Report on vaccination in the Province of Bengal - 1874-1889
Year: 1874
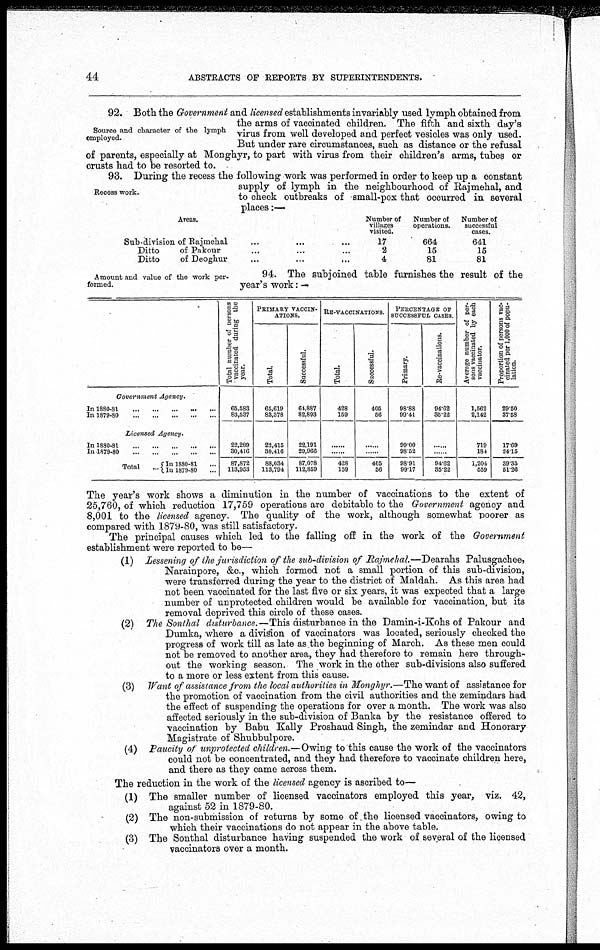
44
ABSTRACTS OF REPORTS BY SUPERINTENDENTS.
Source and character of the lymph
employed.
92. Both the Government and licensed establishments invariably used lymph obtained from
the arms of vaccinated children. The fifth and sixth day's
virus from well developed and perfect vesicles was only used.
But under rare circumstances, such as distance or the refusal
of parents, especially at Monghyr, to part with virus from their children's arms, tubes or
crusts had to be resorted to.
Recess work.
93. During the recess the following work was performed in order to keep up a constant
supply of lymph in the neighbourhood of Rajmehal, and
to check outbreaks of small-pox that occurred in several
places:—
Areas.
Sub-division of Rajmehal ... ... ...
Ditto
of Pakour ... ... ...
Ditto
of Deoghur ... ... ...
Number of
villages
visited.
17
2
4
Number of
operations.
664
15
81
Number of
successful
cases.
641
15
81
Amount and value of the work per-
formed.
94. The subjoined table furnishes the result of the
year's work: —
Government Agency.
In 1880-81 ... ... ... ... ...
In 1879-80
...
...
...
...
...
Licensed Agency.
In 1880-81
...
...
...
...
...
In 1879-80
...
...
...
...
...
Total...
In 1880-81 ...
In 1879-80 ...
Total number of persons
vaccinated during the
year.
65,583
83,537
22,289
30,416
87,872
113,953
PRIMARY VACCIN-
------.
Total.
65,619
83,378
22,415
30,416
88,034
113,794
Successful.
64,887
82,893
22,191
29,966
87,078
112,859
RE-VACCINATIONS.
Total.
428
159
......
......
428
159
Successful.
405
56
......
......
405
56
PERCENTAGE OF
SUCCESSFUL CASES
Primary.
98.88
99.41
99.00
98.52
98.91
99.17
Re-vaccinations.
94.62
35.22
......
......
94.62
35.22
Average number of per-
sons vaccinated by each
vaccinator.
1,562
2,142
719
184
1,204
559
Proportion of persons vac-
cinated per 1,000 of popu-
lation.
29.50
37.58
17.69
24.15
39.35
51.26
The year's work shows a diminution in the number of vaccinations to the extent of
25,760, of which reduction 17,759 operations are debitable to the Government agency and
8,001 to the licensed agency. The quality of the work, although somewhat poorer as
compared with 1879-80, was still satisfactory.
The principal causes which led to the falling off in the work of the Government
establishment were reported to be—
(1) Lessening of the jurisdiction of the sub-division of Rajmehal.—Dearahs Palusgachee,
Narainpore, &c., which formed not a small portion of this sub-division,
were transferred during the year to the district of Maldah. As this area had
not been vaccinated for the last five or six years, it was expected that a large
number of unprotected children would be available for vaccination, but its
removal deprived this circle of these cases.
(2) The Sonthal disturbance.—This disturbance in the Damin-i-Kohs of Pakour and
Dumka, where a division of vaccinators was located, seriously checked the
progress of work till as late as the beginning of March. As these men could
not be removed to another area, they had therefore to remain here through-
out the working season. The work in the other sub-divisions also suffered
to a more or less extent from this cause.
(3) Want of assistance from the local authorities in Monghyr.—The want of assistance for
the promotion of vaccination from the civil authorities and the zemindars had
the effect of suspending the operations for over a month. The work was also
affected seriously in the sub-division of Banka by the resistance offered to
vaccination by Babu Kally Proshaud Singh, the zemindar and Honorary
Magistrate of Shubbulpore.
(4) Paucity of unprotected children.—Owing to this cause the work of the vaccinators
could not be concentrated, and they had therefore to vaccinate children here,
and there as they came across them.
The reduction in the work of the licensed agency is ascribed to—
(1) The smaller number of licensed vaccinators employed this year, viz. 42,
against 52 in 1879-80.
(2) The non-submission of returns by some of the licensed vaccinators, owing to
which their vaccinations do not appear in the above table.
(3) The Sonthal disturbance having suspended the work of several of the licensed
vaccinators over a month.